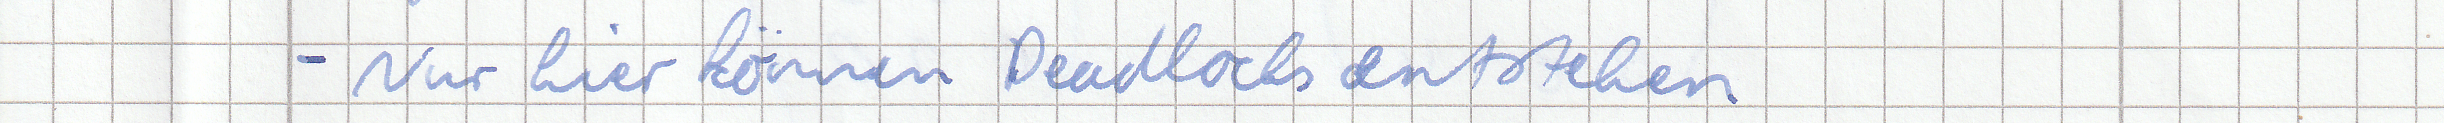
- Nur hier können Deadlocks entstehen